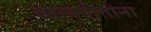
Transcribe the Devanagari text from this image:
बालगीतांना